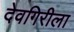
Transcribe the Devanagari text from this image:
देवगिरीला